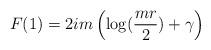
LaTeX: \begin{align*}F(1) = 2 i m \left( \log ({mr \over 2}) + \gamma \right)\end{align*}